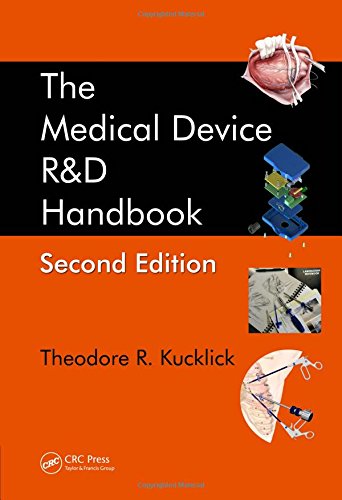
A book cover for The Medical Device R&D Handbook, Second Edition; Medical Books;